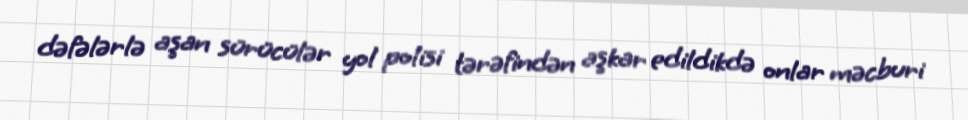
dəfələrlə aşan sürücülər yol polisi tərəfindən aşkar edildikdə onlar məcburi